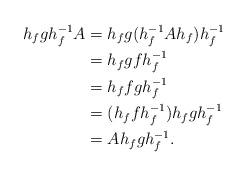
LaTeX: \begin{align*}h_f g h_f^{-1}A& = h_f g(h_f^{-1}Ah_f)h_f^{-1} \\&= h_f gf h_f^{-1} \\& = h_f fg h_f^{-1} \\& = (h_f f h_f^{-1})h_f g h_f^{-1} \\& = A h_f g h_f^{-1}.\end{align*}